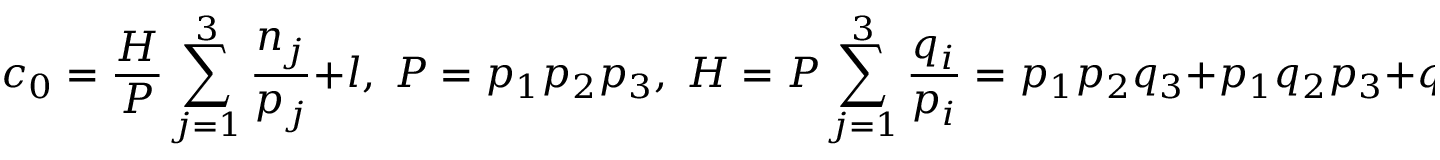
c _ { 0 } = \frac { H } { P } \sum _ { j = 1 } ^ { 3 } \frac { n _ { j } } { p _ { j } } + l , \; P = p _ { 1 } p _ { 2 } p _ { 3 } , \; H = P \sum _ { j = 1 } ^ { 3 } \frac { q _ { i } } { p _ { i } } = p _ { 1 } p _ { 2 } q _ { 3 } + p _ { 1 } q _ { 2 } p _ { 3 } + q _ { 1 } p _ { 2 } p _ { 3 } .